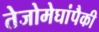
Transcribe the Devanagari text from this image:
तेजोमेघांपैकी